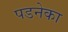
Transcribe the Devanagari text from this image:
पडनेका